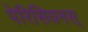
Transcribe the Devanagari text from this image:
पेरिसियनस्